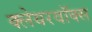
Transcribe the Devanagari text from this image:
क्लेयरवॉक्स